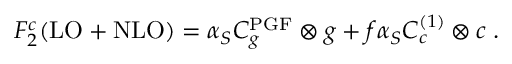
F _ { 2 } ^ { c } ( \mathrm { L O } + \mathrm { N L O } ) = \alpha _ { S } C _ { g } ^ { \mathrm { P G F } } \otimes g + f \alpha _ { S } C _ { c } ^ { ( 1 ) } \otimes c \; .